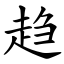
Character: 趋